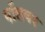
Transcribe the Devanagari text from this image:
गॉलवर